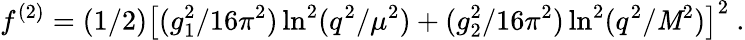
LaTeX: f^{(2)}=(1/2)\big[(g_{1}^{2}/16\pi^{2})\ln^{2}(q^{2}/\mu^{2})+(g_{2}^{2}/16\pi^{2})\ln^{2}(q^{2}/\mathit{M}^{2})\big]^{2}~.